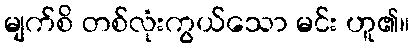
မျက်စိ တစ်လုံးကွယ်သော မင်း ဟူ၏။